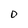
Character: D